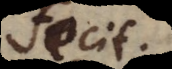
fecit.